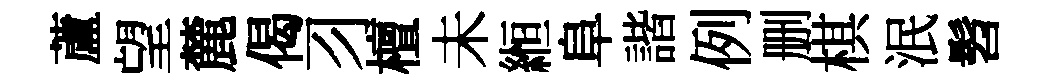
蘆望麓偈习檀未縆阜諧例删棋泯髫